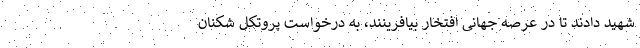
شهید دادند تا در عرصه جهانی افتخار بیافرینند، به درخواست پروتکل شکنان